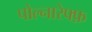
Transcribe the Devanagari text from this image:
पोल्नारेफ्फ़